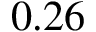
0 . 2 6